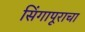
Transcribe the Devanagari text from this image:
सिंगापूराचा